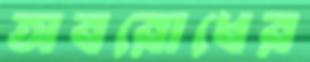
অবরোধের